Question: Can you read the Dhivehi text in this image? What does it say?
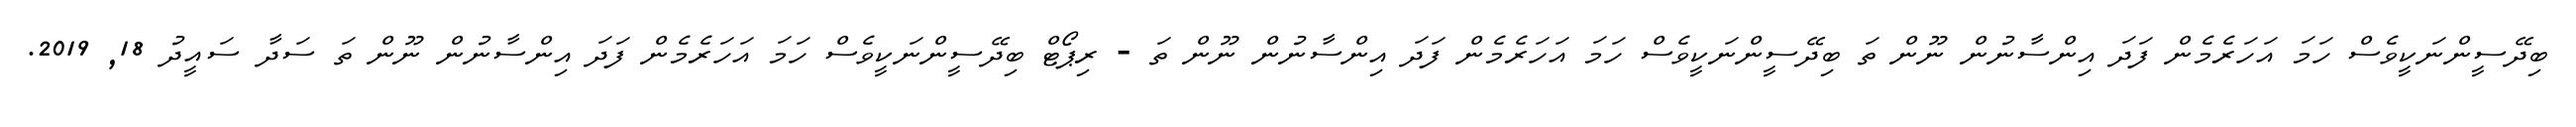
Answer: ބިދޭސީންނަކީވެސް ހަމަ އަހަރެމެން ފަދަ އިންސާނުން ނޫން ތަ ބިދޭސީންނަކީވެސް ހަމަ އަހަރެމެން ފަދަ އިންސާނުން ނޫން ތަ - ރިޕޯޓް ބިދޭސީންނަކީވެސް ހަމަ އަހަރެމެން ފަދަ އިންސާނުން ނޫން ތަ ސަދާ ސައީދު 18, 2019.